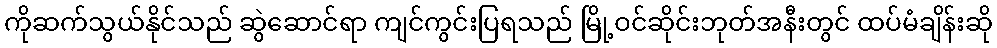
ကိုဆက်သွယ်နိုင်သည် ဆွဲဆောင်ရာ ကျင်ကွင်းပြရသည် မြို့ဝင်ဆိုင်းဘုတ်အနီးတွင် ထပ်မံချိန်းဆို